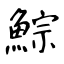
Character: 鯮